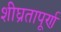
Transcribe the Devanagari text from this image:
शीघ्रतापूर्ण